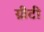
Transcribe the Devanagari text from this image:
ग्रीटी